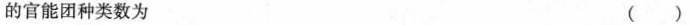
的官能团种类数为 ()